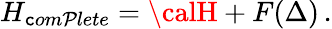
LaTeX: H_{\mathtt{c}om\mathcal{P}lete}={\calH}+F(\Delta)\, .